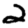
Digit: 2